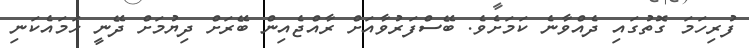
ފުރިހަމަ ގޮތުގައި ދެއްވާނެ ކަމަށެވެ. ބޭސްފަރުވާއަށް ރާއްޖެއިން ބޭރަށް ދިޔުމަށް ދޭނީ ހަމައެކަނި